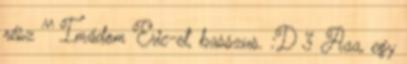
rész ^^ Imádom Eric-et, basszus. :D 3 Aaa, egy